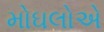
મોઘલોએ